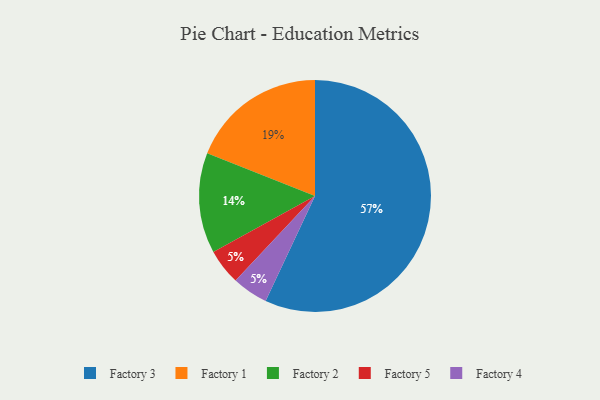
{"axis": {"x": "Category", "y": "Percentage"}, "legend": ["Factory 1", "Factory 2", "Factory 3", "Factory 4", "Factory 5"], "data": [{"x": "Factory 2", "y": 14, "type": "Factory 2"}, {"x": "Factory 1", "y": 19, "type": "Factory 1"}, {"x": "Factory 3", "y": 57, "type": "Factory 3"}, {"x": "Factory 5", "y": 5, "type": "Factory 5"}, {"x": "Factory 4", "y": 5, "type": "Factory 4"}]}